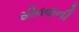
સીવવાની